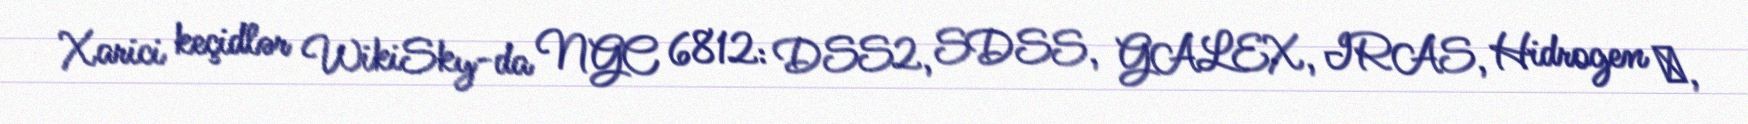
Xarici keçidlər WikiSky-da NGC 6812: DSS2, SDSS, GALEX, IRAS, Hidrogen α,